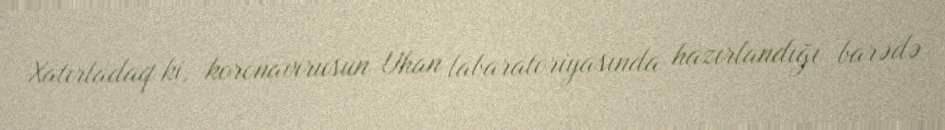
Xatırladaq ki, koronavirusun Uhan labaratoriyasında hazırlandığı barədə